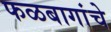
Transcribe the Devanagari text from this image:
फळबागांचे